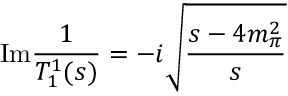
\mathrm { I m } { \frac { 1 } { T _ { 1 } ^ { 1 } ( s ) } } = - i \sqrt { \frac { s - 4 m _ { \pi } ^ { 2 } } { s } }